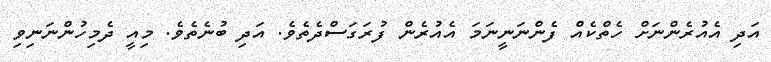
އަދި އެއުރެންނަށް ހެތްކެއް ފެންނަނީނަމަ އެއުރެން ފުރަގަސްދެތެވެ. އަދި ބުނެތެވެ. މިއީ ދެމިހުންނަނިވި